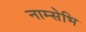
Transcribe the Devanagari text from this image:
नाम्सेभि